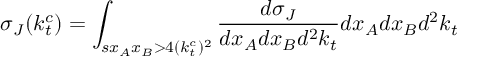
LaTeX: \sigma _ { J } ( k _ { t } ^ { c } ) = \int _ { s x _ { A } x _ { B } > 4 ( k _ { t } ^ { c } ) ^ { 2 } } { \frac { d \sigma _ { J } } { d x _ { A } d x _ { B } d ^ { 2 } k _ { t } } } d x _ { A } d x _ { B } d ^ { 2 } k _ { t }